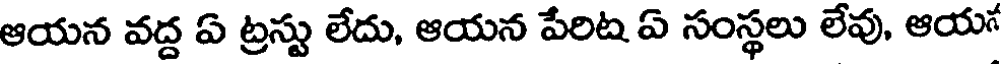
ఆయన వద్ద ఏ ట్రస్టు లేదు, ఆయన పేరిట ఏ సంస్థలు లేవు, ఆయన